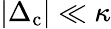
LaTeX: |\Delta_{\mathrm{c}}|\ll\kappa